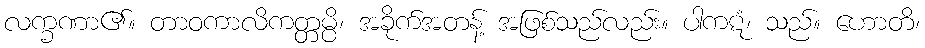
လက္ခဏာ၏။ တာဝကာလိကတ္တမ္ပိ၊ အခိုက်အတန့် အဖြစ်သည်လည်း။ ပါကဋံ၊ သည်။ ဟောတိ၊